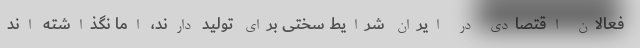
فعالان اقتصادی در ایران شرایط سختی برای تولید دارند، اما نگذاشته اند